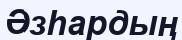
Әзһардың